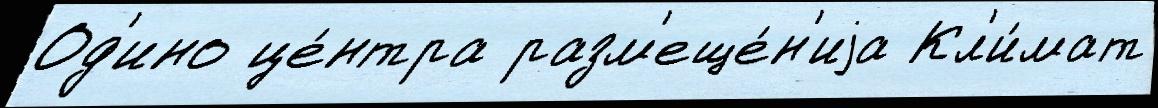
Од'ино це́нтра разм'еще́н'иjа Кл'и́мат